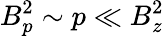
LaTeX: B_{p}^{2}\sim p\ll B_{z}^{2}